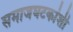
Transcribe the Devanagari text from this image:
समाजघटकांशी